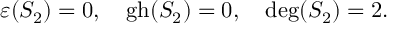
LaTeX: \varepsilon ( S _ { 2 } ) = 0 , \quad \mathrm { g h } ( S _ { 2 } ) = 0 , \quad \mathrm { d e g } ( S _ { 2 } ) = 2 .